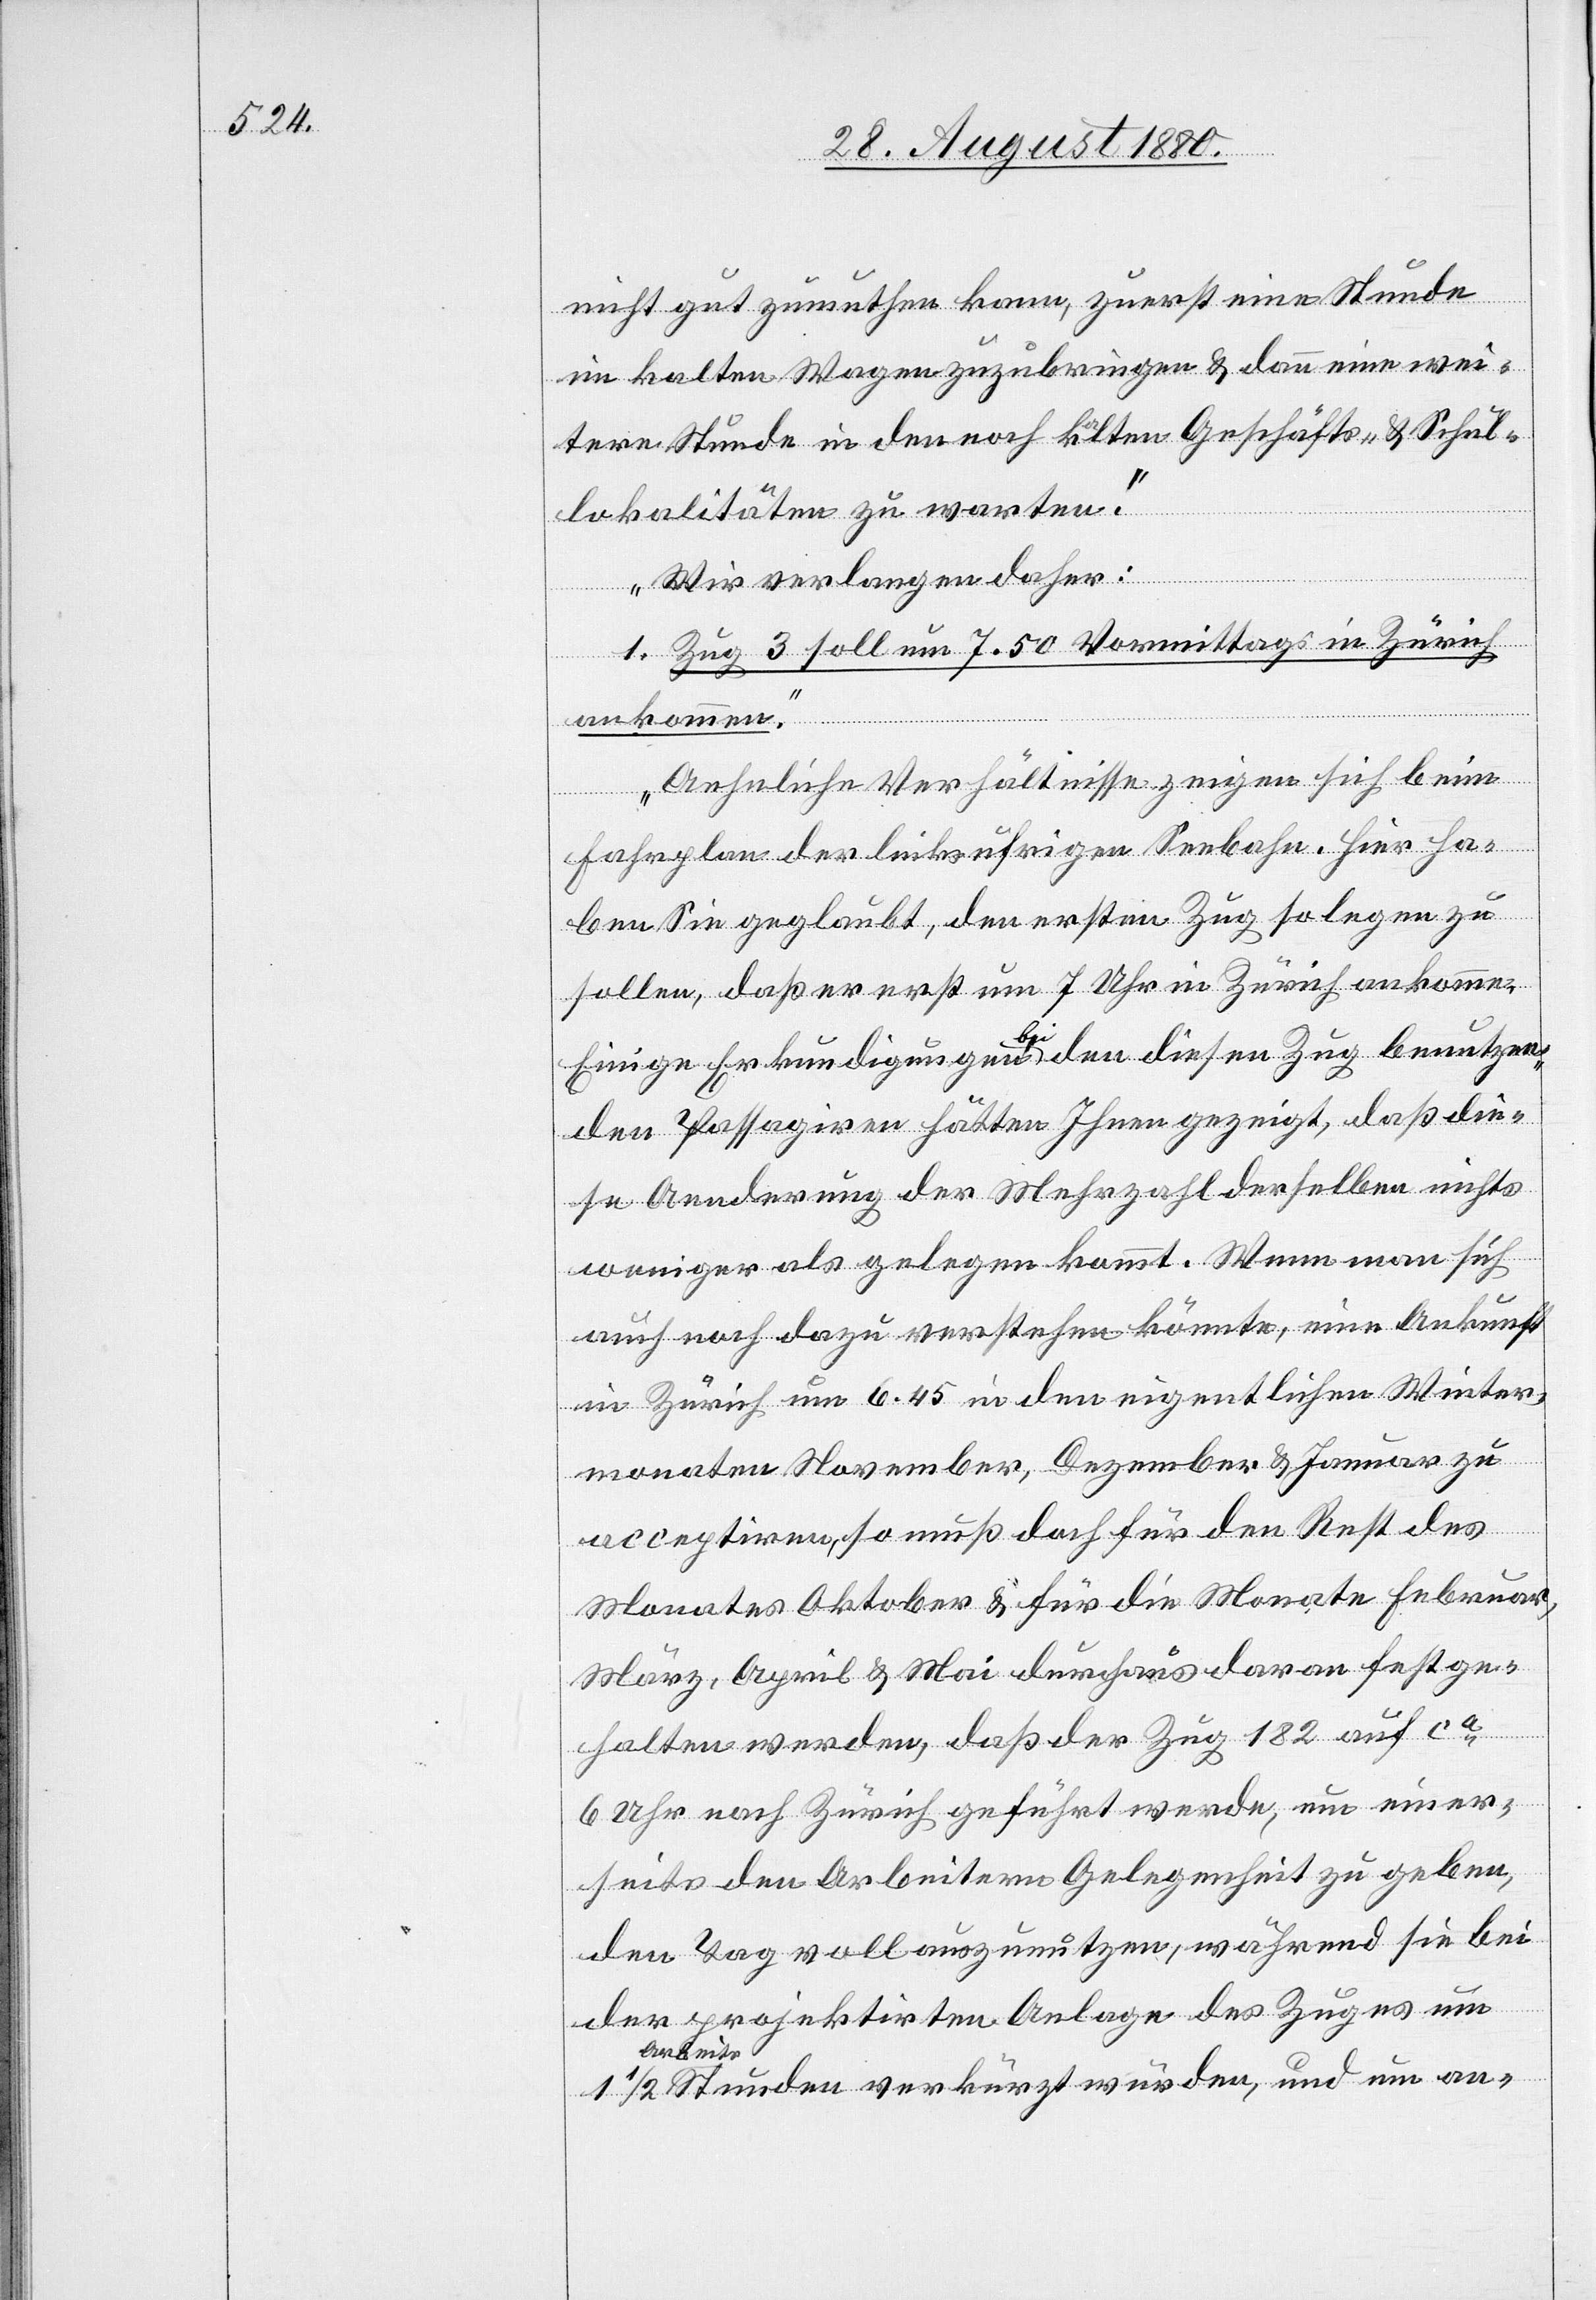
nicht gut zumuthen kann, zuerst eine Stunde
im kalten Wagen zuzubringen & dann eine wei¬
tere Stunde in den noch kalten Geschäfts- & Schul¬
lokalitäten zu warten.
Wir verlangen daher:
1. Zug 3 soll um 7.50 Vormittags in Zürich
ankommen.
Aehnliche Verhältnisse zeigen sich beim
Fahrplan der linksufrigen Seebahn. Hier ha¬
ben Sie geglaubt, den ersten Zug so legen zu
sollen, daß er erst um 7 Uhr in Zürich ankomme.
Einige Erkundigungen bei den diesen Zug benutzen¬
den Passagiren hätten Ihnen gezeigt, daß die¬
se Aenderung der Mehrzahl derselben nichts
weniger als gelegen kommt. Wenn man sich
auch noch dazu verstehen könnte, eine Ankunft
in Zürich um 6.45 in den eigentlichen Winter¬
monaten November, Dezember & Januar zu
acceptiren, so muß doch für den Rest des
Monates Oktober & für die Monate Februar,
März, April & Mai durchaus daran festge¬
halten werden, daß der Zug 182 auf ca
6 Uhr nach Zürich geführt werde, um einer¬
seits den Arbeitern Gelegenheit zu geben,
den Tag voll auszunutzen, während sie bei
der projektirten Anlage des Zuges um
a-Arbeit¬
s-aStunden verkürzt würden, und um an-